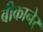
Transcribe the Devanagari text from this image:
बीकानेर्